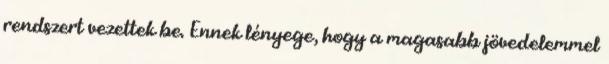
rendszert vezettek be. Ennek lényege, hogy a magasabb jövedelemmel